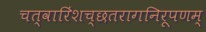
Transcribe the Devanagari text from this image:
चत्वारिंशच्छतरागनिरूपणम्‌